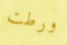
ورطت